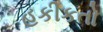
હકીકતો